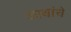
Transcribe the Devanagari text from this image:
व्यथांचे